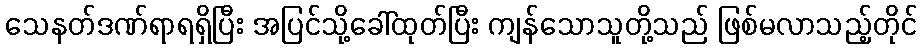
သေနတ်ဒဏ်ရာရရှိပြီး အပြင်သို့ခေါ်ထုတ်ပြီး ကျန်သောသူတို့သည် ဖြစ်မလာသည့်တိုင်